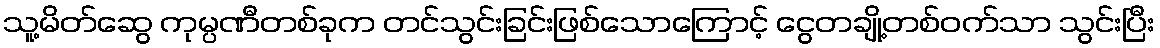
သူ့မိတ်ဆွေ ကုမ္ပဏီတစ်ခုက တင်သွင်းခြင်းဖြစ်သောကြောင့် ငွေတချို့တစ်ဝက်သာ သွင်းပြီး